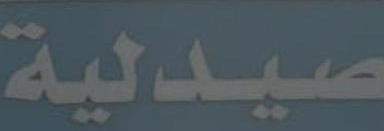
صيدلية